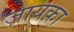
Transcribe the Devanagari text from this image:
ज़ायक़ा